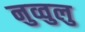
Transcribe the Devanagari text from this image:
नुव्वुलु